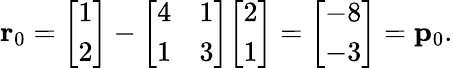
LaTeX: \mathbf{r}_{0}={\left[\begin{array}{l}{1}\\ {2}\end{array}\right]}-{\left[\begin{array}{ll}{4}&{1}\\ {1}&{3}\end{array}\right]}{\left[\begin{array}{l}{2}\\ {1}\end{array}\right]}={\left[\begin{array}{l}{-8}\\ {-3}\end{array}\right]}=\mathbf{p}_{0}.